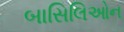
બાસિલિઓન